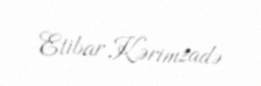
Etibar Kərimzadə